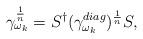
LaTeX: \begin{align*}\gamma_{\omega_{k}}^{\frac{1}{n}}= S^{\dagger}(\gamma_{\omega_{k}}^{diag})^{\frac{1}{n}}S,\end{align*}